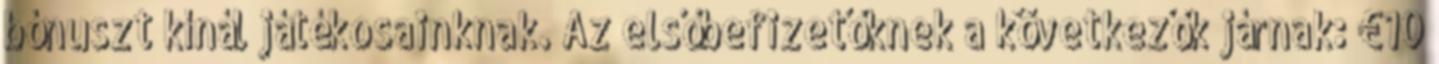
bónuszt kínál játékosainknak. Az elsőbefizetőknek a következők járnak: €10